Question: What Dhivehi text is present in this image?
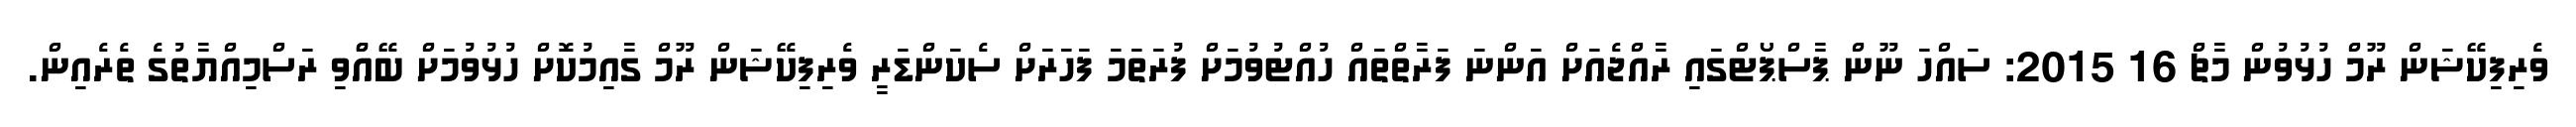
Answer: ވެރިފިކޭޝަން ރޫމް ހުޅުވުން މާޗް 16 2015: ސައްހަ ނޫން ޕާސްޕޯޓްގައި ރާއްޖެއަށް އަންނަ ފަރާތްތައް ހުއްޓުވުމަށް ފުރަތަމަ ފަހަރަށް ސެކަންޑަރީ ވެރިފިކޭޝަން ރޫމް ގާއިމުކޮށް ހުޅުވުމަށް ބޭއްްވި ރަސްމިއްޔާތުގެ ތެރެއިން.